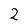
Character: 2